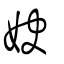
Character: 妜